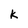
Character: k